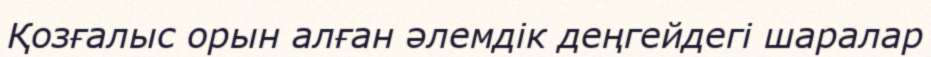
Қозғалыс орын алған әлемдік деңгейдегі шаралар